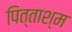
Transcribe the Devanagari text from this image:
पित्ताश्म